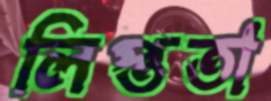
লিপ্ততা